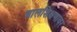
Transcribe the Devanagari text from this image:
बालशिक्षणावर